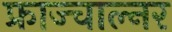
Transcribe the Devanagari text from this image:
फ्राज्चाल्नर